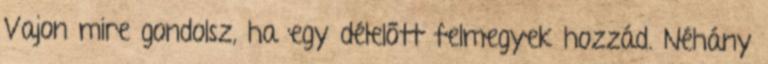
Vajon mire gondolsz, ha egy délelőtt felmegyek hozzád. Néhány